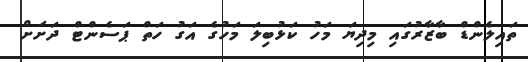
ތައިލެންޑް ބާޒާރުގައި މިދިޔަ މަހު ކަޅުބިލަ މަހުގެ އަގު ހަތް ޕަސެންޓް ދަށަށް